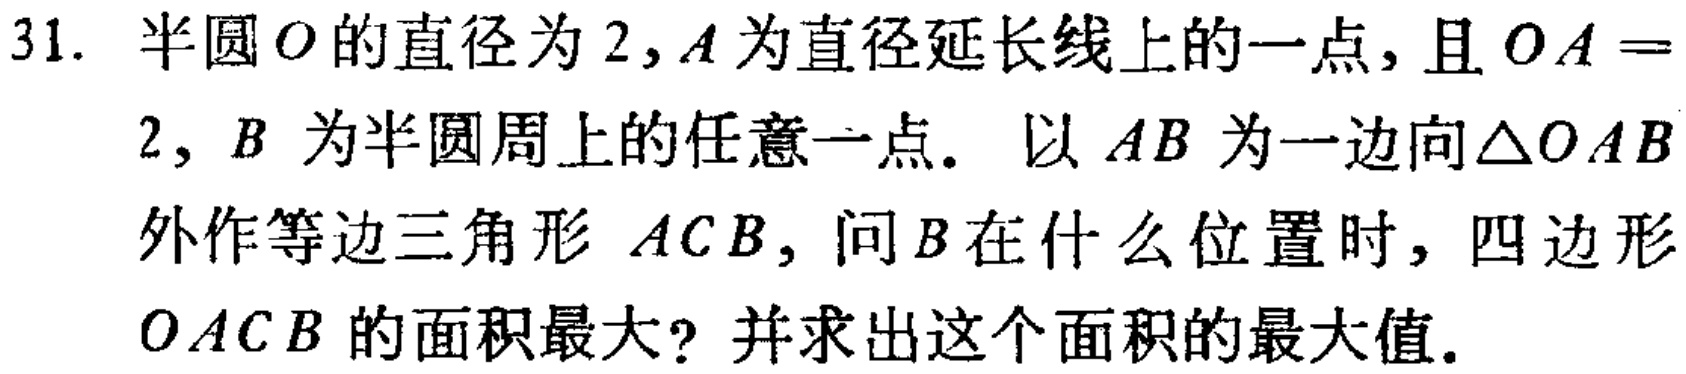
31. 半圆\(O\)的直径为\(2\)，\(A\)为直径延长线上的一点，且\(OA = 2\)，\(B\) 为半圆周上的任意一点。以 \(AB\) 为一边向\(\triangle OAB\)外作等边三角形 \(ACB\)，问\(B\)在什么位置时，四边形 \(OACB\) 的面积最大？并求出这个面积的最大值。